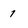
Character: 1